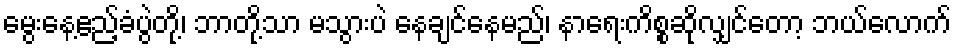
မွေးနေ့ဧည့်ခံပွဲတို့၊ ဘာတို့သာ မသွားပဲ နေချင်နေမည်၊ နာရေးကိစ္စဆိုလျှင်တော့ ဘယ်လောက်